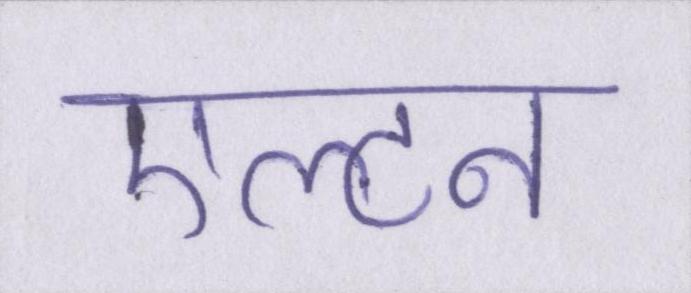
एल्टन